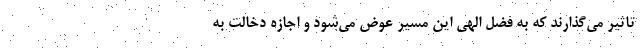
تاثیر می‌گذارند که به فضل الهی این مسیر عوض می‌شود و اجازه دخالت به